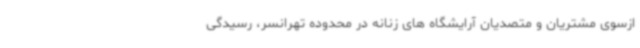
ازسوی مشتریان و متصدیان آرایشگاه های زنانه در محدوده تهرانسر، رسیدگی